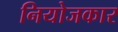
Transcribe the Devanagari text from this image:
नियोजकार